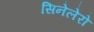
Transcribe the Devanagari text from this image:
सिनेलेरो